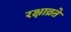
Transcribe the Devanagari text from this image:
रक्षाव्रते